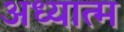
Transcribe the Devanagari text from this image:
अध्यात्‍म